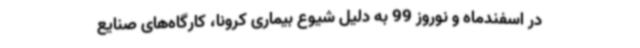
در اسفندماه و نوروز 99 به دلیل شیوع بیماری کرونا، کارگاه‌های صنایع